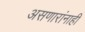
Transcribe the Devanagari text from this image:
असणारांनाही